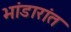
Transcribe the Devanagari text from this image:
भांडारांत